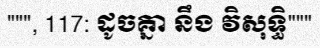
""", 117: ដូចគ្នា នឹង វិសុទ្ធិ"""